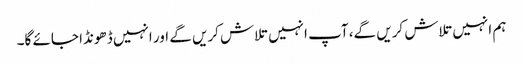
ہم انہیں تلاش کریں گے، آپ انہیں تلاش کریں گے اور انہیں ڈھونڈا جائے گا۔